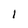
Character: l